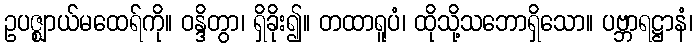
ဥပဇ္ဈာယ်မထေရ်ကို။ ဝန္ဒိတွာ၊ ရှိခိုး၍။ တထာရူပံ၊ ထိုသို့သဘောရှိသော။ ပဗ္ဘာရဋ္ဌာနံ၊